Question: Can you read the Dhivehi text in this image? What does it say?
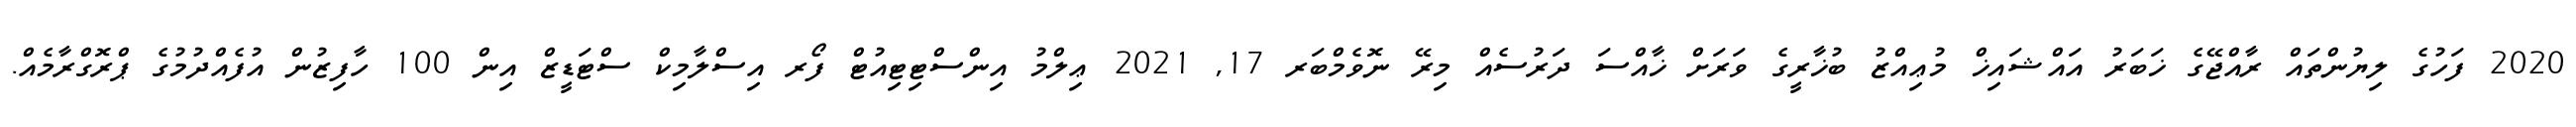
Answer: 2020 ފަހުގެ ލިޔުންތައް ރާއްޖޭގެ ޚަބަރު އައްޝައިޚް މުޢިއްޒު ބުޚާރީގެ ވަރަށް ޚާއްސަ ދަރުސެއް މިރޭ ނޮވެމްބަރ 17, 2021 ޢިލްމު އިންސްޓިޓިއުޓް ފޯރ އިސްލާމިކް ސްޓަޑީޒް އިން 100 ހާފިޒުން އުފެއްދުމުގެ ޕްރޮގްރާމެއް.